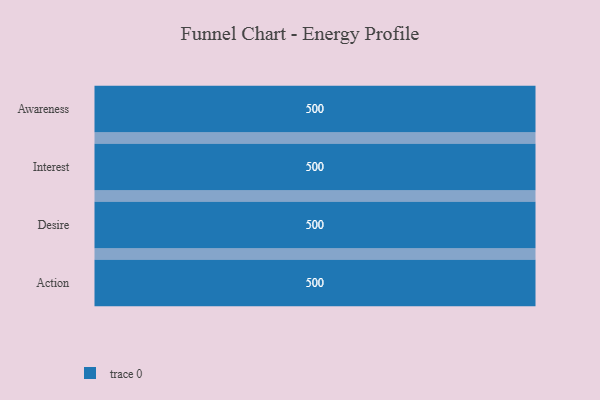
{"axis": {"x": "Stage", "y": "Value"}, "legend": [""], "data": [{"x": "Awareness", "y": 500, "type": ""}, {"x": "Interest", "y": 500, "type": ""}, {"x": "Desire", "y": 500, "type": ""}, {"x": "Action", "y": 500, "type": ""}]}